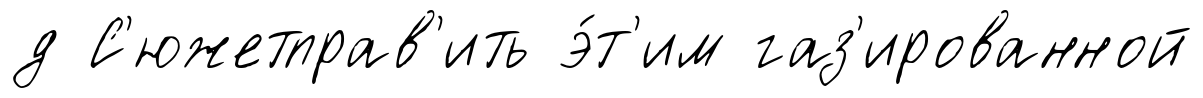
д С'южетправ'ить э́т'им газ'ированной